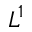
L ^ { 1 }